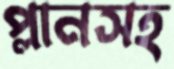
প্লানসহ